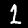
Digit: 1